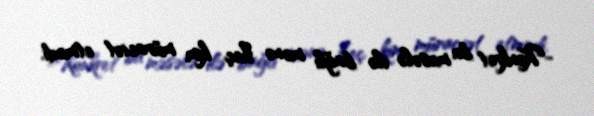
-Konkret bu məsələ ilə bağlı mənə heç kim müraciət etmədi.